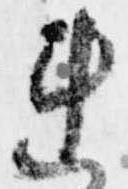
連